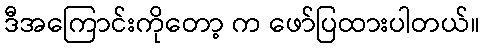
ဒီအကြောင်းကိုတော့ က ဖော်ပြထားပါတယ်။